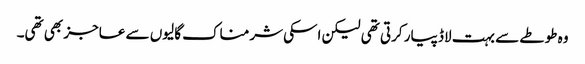
وہ طوطے سے بہت لاڈ پیار کرتی تھی لیکن اسکی شرمناک گالیوں سے عاجز بھی تھی۔